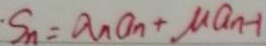
S _ { n } = a _ { n } a _ { n } + \mu a _ { n - 1 }